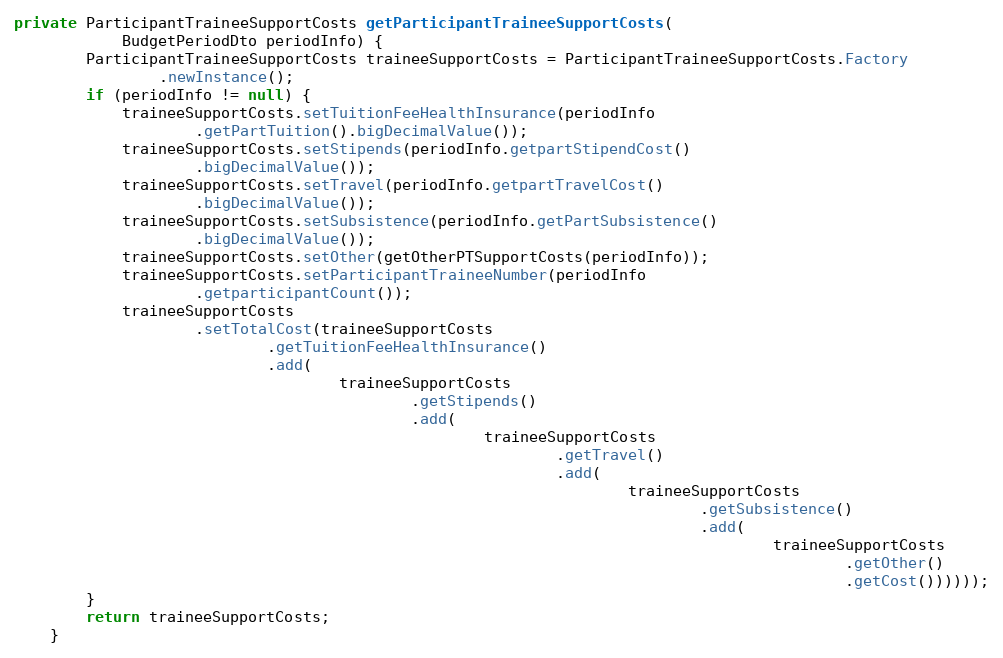
Language: Java
private ParticipantTraineeSupportCosts getParticipantTraineeSupportCosts(
			BudgetPeriodDto periodInfo) {
		ParticipantTraineeSupportCosts traineeSupportCosts = ParticipantTraineeSupportCosts.Factory
				.newInstance();
		if (periodInfo != null) {
			traineeSupportCosts.setTuitionFeeHealthInsurance(periodInfo
					.getPartTuition().bigDecimalValue());
			traineeSupportCosts.setStipends(periodInfo.getpartStipendCost()
					.bigDecimalValue());
			traineeSupportCosts.setTravel(periodInfo.getpartTravelCost()
					.bigDecimalValue());
			traineeSupportCosts.setSubsistence(periodInfo.getPartSubsistence()
					.bigDecimalValue());
			traineeSupportCosts.setOther(getOtherPTSupportCosts(periodInfo));
			traineeSupportCosts.setParticipantTraineeNumber(periodInfo
					.getparticipantCount());
			traineeSupportCosts
					.setTotalCost(traineeSupportCosts
							.getTuitionFeeHealthInsurance()
							.add(
									traineeSupportCosts
											.getStipends()
											.add(
													traineeSupportCosts
															.getTravel()
															.add(
																	traineeSupportCosts
																			.getSubsistence()
																			.add(
																					traineeSupportCosts
																							.getOther()
																							.getCost())))));
		}
		return traineeSupportCosts;
	}